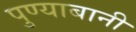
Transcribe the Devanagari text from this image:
पुण्याबानी